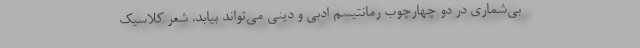
بی‌شماری در دو چهارچوب رمانتیسم ادبی و دینی می‌تواند بیابد. شعر کلاسیک